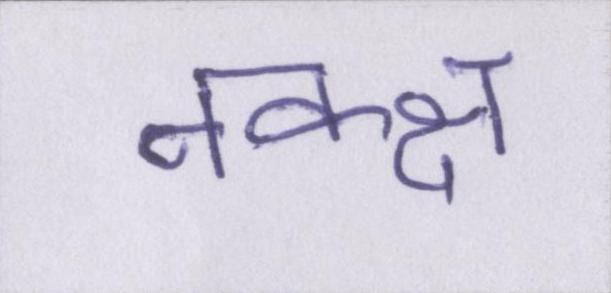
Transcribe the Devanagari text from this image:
नक्क्ष